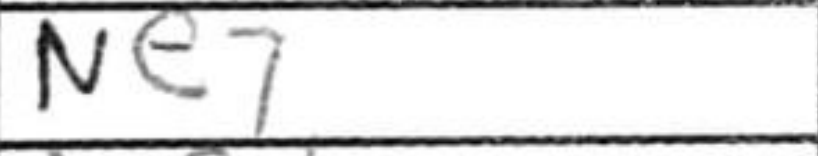
Transcription: Ne7